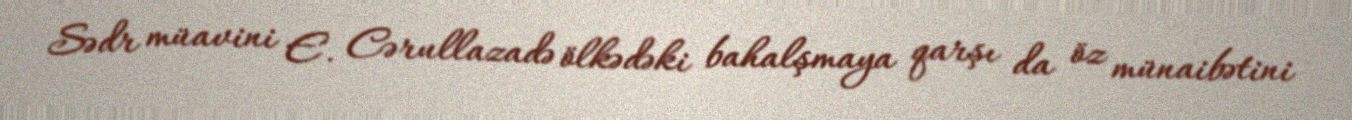
Sədr müavini E. Cərullazadə ölkədəki bahalşmaya qarşı da öz münaibətini